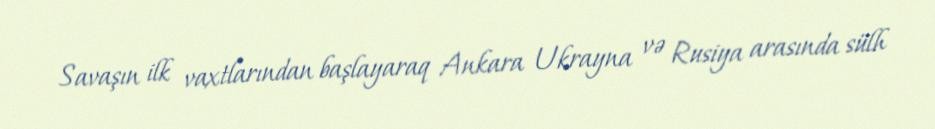
Savaşın ilk vaxtlarından başlayaraq Ankara Ukrayna və Rusiya arasında sülh